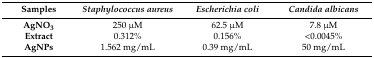
<table><thead><tr><td><b>Samples</b></td><td><b><i>Staphylococcus aureus</i></b></td><td><b><i>Escherichia coli</i></b></td><td><b><i>Candida albicans</i></b></td></tr></thead><tbody><tr><td><b>AgNO<sub>3</sub></b></td><td>250 μM</td><td>62.5 μM </td><td>7.8 μM </td></tr><tr><td><b>Extract</b></td><td>0.312% </td><td>0.156% </td><td>˂0.0045% </td></tr><tr><td><b>AgNPs</b></td><td>1.562 mg/mL</td><td>0.39 mg/mL</td><td>50 mg/mL</td></tr></tbody></table>